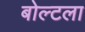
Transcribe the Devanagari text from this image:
बोल्टला